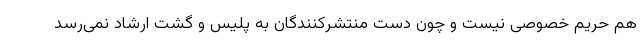
هم حریم خصوصی نیست و چون دست منتشرکنندگان به پلیس و گشت ارشاد نمی‌رسد